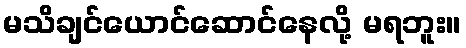
မသိချင်ယောင်ဆောင်နေလို့ မရဘူး။